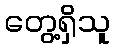
တွေ့ရှိသူ